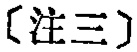
\text{〔注三〕}